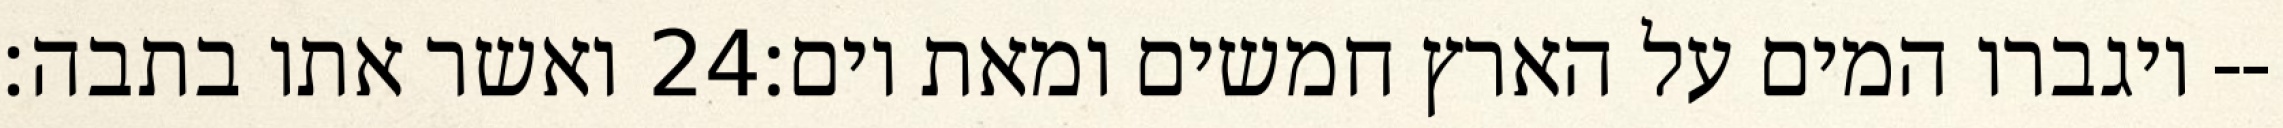
ואשר אתו בתבה׃ ‎24‏ ויגברו המים על הארץ חמשים ומאת יום׃--